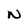
Character: N